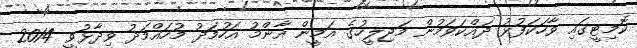
ކޮމިޓީގައި ވާހަކަފުޅު ދައްކަވަމުން މަޖިލީހުގެ އަމީން އާންމު އަހުމަދު މުހައްމަދު ވިދާޅުވީ 2014